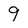
Character: 9